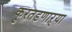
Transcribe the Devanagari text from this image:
कुरतडणाऱ्या